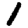
Digit: 1